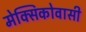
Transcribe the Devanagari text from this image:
मेक्सिकोवासी